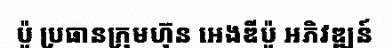
ប៉ូ ប្រធានក្រុមហ៊ុន អេងឌីប៉ូ អភិវឌ្ឍន៍